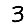
Digit: 3